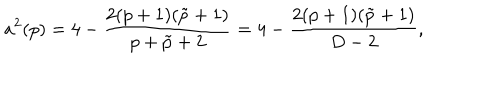
LaTeX: a ^ { 2 } ( p ) = 4 - { \frac { 2 ( p + 1 ) ( \tilde { p } + 1 ) } { p + \tilde { p } + 2 } } = 4 - { \frac { 2 ( p + 1 ) ( \tilde { p } + 1 ) } { D - 2 } } ,